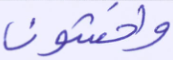
واخشون